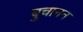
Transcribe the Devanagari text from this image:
बुचानन